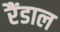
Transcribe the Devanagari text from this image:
रैंडाल